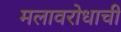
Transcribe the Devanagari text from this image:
मलावरोधाची